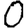
Digit: 0